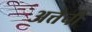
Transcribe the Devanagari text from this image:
अत्तैची